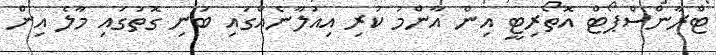
ޓްރާންސްޕޯޓް އޮތޯރިޓީ އިން އާންމު ކުރި އިއުލާނެއްގައި ބުނި ގޮތުގައި މާލެ އިން